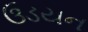
ઉડયન